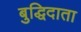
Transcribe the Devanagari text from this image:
बुद्धिदाता